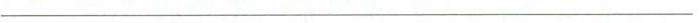
___